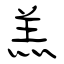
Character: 羔